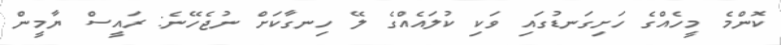
ކޮންމެ މީހެއްގެ ހަށިގަނޑުގައި ވަކި ކުލައެއްގެ ލޭ ހިނގާކަށް ނުޖެހޭނެ: ރައީސް ޔާމީން